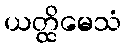
ယတ္ထိမေသံ